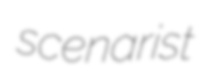
scenarist